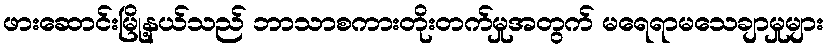
ဖားဆောင်းမြို့နယ်သည် ဘာသာစကားတိုးတက်မှုအတွက် မရေရာမသေချာမှုများ